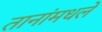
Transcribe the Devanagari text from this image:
तानांमधले